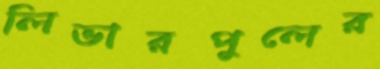
লিভারপুলের